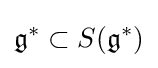
{\mathfrak {g}}^{\ast }\subset S({\mathfrak {g}}^{\ast })